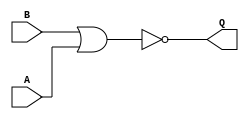
module f_nor (B, A, Q);
  // Input variable B, A
  input B, A;
  // Output variable Q
  output Q;
  assign Q = ~(B | A);
endmodule